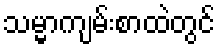
သမ္မာကျမ်းစာထဲတွင်